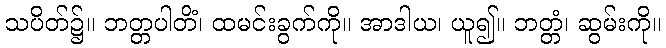
သပိတ်၌။ ဘတ္တပါတိံ၊ ထမင်းခွက်ကို။ အာဒါယ၊ ယူ၍။ ဘတ္တံ၊ ဆွမ်းကို။